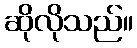
ဆိုလိုသည်။